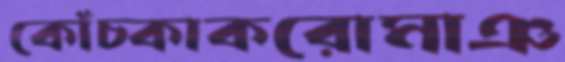
কোঁচ্‌কাকরোমাঞ